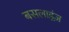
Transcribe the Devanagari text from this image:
बसलाइंज़